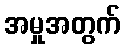
အမှုအတွက်